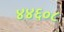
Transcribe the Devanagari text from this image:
४४६०८